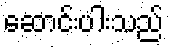
ဆောင်းပါးသည်